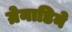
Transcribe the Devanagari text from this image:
ग्रेनाडिने